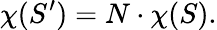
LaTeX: \chi(S^{\prime})=N\cdot\chi(S).